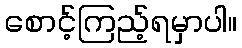
စောင့်ကြည့်ရမှာပါ။